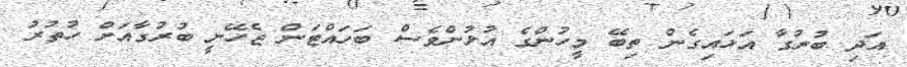
އަދި ބުރުގާ އަޅައިގެން ތިބޭ މީހުންގެ އުޅުންވެސް ބަހައްޓަން ޖެހޭނީ ބުރުގާއަށް ހުތުރު